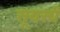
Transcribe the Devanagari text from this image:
सूयर्स्य